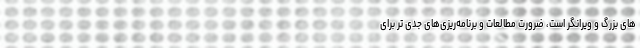
های بزرگ و ویرانگر است، ضرورت مطالعات و برنامه‌ریزی‌های جدی تر برای